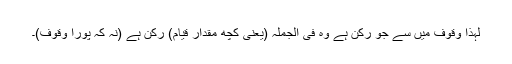
لہذا وقوف میں سے جو رکن ہے وہ فی الجملہ (یعنی کچھ مقدار قیام) رکن ہے (نہ کہ پورا وقوف)۔